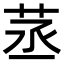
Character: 䒱